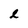
Character: l